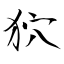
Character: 狖